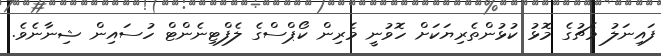
ފައިނަލު މެޗުގެ މޮޅު ކުޅުންތެރިޔަކަށް ހޮވުނީ މެރިން ކޯޕްސްގެ ލެފްޓިނެންޓް ހުސައިން ޝިނާނެވެ.